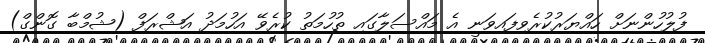
ފުލުހުންނަށް ހައްޔަރުކުރެވިފައިވަނީ އެ މައްސަލާގައި ތުހުމަތު ކުރެވޭ އަހުމަދު އަޝްރަފް (ޝުމްބާ ގޮންގް)